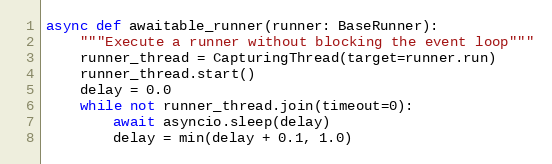
Language: Python
async def awaitable_runner(runner: BaseRunner):
    """Execute a runner without blocking the event loop"""
    runner_thread = CapturingThread(target=runner.run)
    runner_thread.start()
    delay = 0.0
    while not runner_thread.join(timeout=0):
        await asyncio.sleep(delay)
        delay = min(delay + 0.1, 1.0)